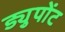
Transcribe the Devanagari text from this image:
ड्युपोंट